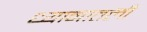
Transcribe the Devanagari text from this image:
ध्यानातली